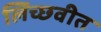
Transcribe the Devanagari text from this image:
लिच्छवीत